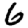
Digit: 6